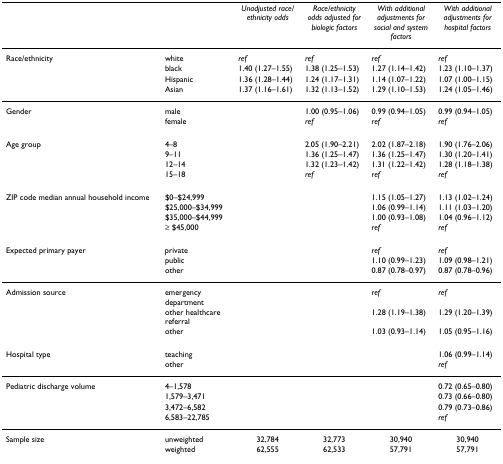
<table><thead><tr><td></td><td></td><td><b><i>Unadjusted race/ethnicity odds</i></b></td><td><b><i>Race/ethnicity odds adjusted for biologic factors</i></b></td><td><b><i>With additional adjustments for social and system factors</i></b></td><td><b><i>With additional adjustments for hospital factors</i></b></td></tr></thead><tbody><tr><td>Race/ethnicity</td><td>white</td><td><i>ref</i></td><td><i>ref</i></td><td><i>ref</i></td><td><i>ref</i></td></tr><tr><td></td><td>black</td><td>1.40 (1.27–1.55)</td><td>1.38 (1.25–1.53)</td><td>1.27 (1.14–1.42)</td><td>1.23 (1.10–1.37)</td></tr><tr><td></td><td>Hispanic</td><td>1.36 (1.28–1.44)</td><td>1.24 (1.17–1.31)</td><td>1.14 (1.07–1.22)</td><td>1.07 (1.00–1.15)</td></tr><tr><td></td><td>Asian</td><td>1.37 (1.16–1.61)</td><td>1.32 (1.13–1.52)</td><td>1.29 (1.10–1.53)</td><td>1.24 (1.05–1.46)</td></tr><tr><td>Gender</td><td>male</td><td></td><td>1.00 (0.95–1.06)</td><td>0.99 (0.94–1.05)</td><td>0.99 (0.94–1.05)</td></tr><tr><td></td><td>female</td><td></td><td><i>ref</i></td><td><i>ref</i></td><td><i>ref</i></td></tr><tr><td>Age group</td><td>4–8</td><td></td><td>2.05 (1.90–2.21)</td><td>2.02 (1.87–2.18)</td><td>1.90 (1.76–2.06)</td></tr><tr><td></td><td>9–11</td><td></td><td>1.36 (1.25–1.47)</td><td>1.36 (1.25–1.47)</td><td>1.30 (1.20–1.41)</td></tr><tr><td></td><td>12–14</td><td></td><td>1.32 (1.23–1.42)</td><td>1.31 (1.22–1.42)</td><td>1.28 (1.18–1.38)</td></tr><tr><td></td><td>15–18</td><td></td><td><i>ref</i></td><td><i>ref</i></td><td><i>ref</i></td></tr><tr><td>ZIP code median annual household income</td><td>$0–$24,999</td><td></td><td></td><td>1.15 (1.05–1.27)</td><td>1.13 (1.02–1.24)</td></tr><tr><td></td><td>$25,000–$34,999</td><td></td><td></td><td>1.06 (0.99–1.14)</td><td>1.11 (1.03–1.20)</td></tr><tr><td></td><td>$35,000–$44,999</td><td></td><td></td><td>1.00 (0.93–1.08)</td><td>1.04 (0.96–1.12)</td></tr><tr><td></td><td>≥ $45,000</td><td></td><td></td><td><i>ref</i></td><td><i>ref</i></td></tr><tr><td>Expected primary payer</td><td>private</td><td></td><td></td><td><i>ref</i></td><td><i>ref</i></td></tr><tr><td></td><td>public</td><td></td><td></td><td>1.10 (0.99–1.23)</td><td>1.09 (0.98–1.21)</td></tr><tr><td></td><td>other</td><td></td><td></td><td>0.87 (0.78–0.97)</td><td>0.87 (0.78–0.96)</td></tr><tr><td>Admission source</td><td>emergency department</td><td></td><td></td><td><i>ref</i></td><td><i>ref</i></td></tr><tr><td></td><td>other healthcare referral</td><td></td><td></td><td>1.28 (1.19–1.38)</td><td>1.29 (1.20–1.39)</td></tr><tr><td></td><td>other</td><td></td><td></td><td>1.03 (0.93–1.14)</td><td>1.05 (0.95–1.16)</td></tr><tr><td>Hospital type</td><td>teaching</td><td></td><td></td><td></td><td>1.06 (0.99–1.14)</td></tr><tr><td></td><td>other</td><td></td><td></td><td></td><td><i>ref</i></td></tr><tr><td>Pediatric discharge volume</td><td>4–1,578</td><td></td><td></td><td></td><td>0.72 (0.65–0.80)</td></tr><tr><td></td><td>1,579–3,471</td><td></td><td></td><td></td><td>0.73 (0.66–0.80)</td></tr><tr><td></td><td>3,472–6,582</td><td></td><td></td><td></td><td>0.79 (0.73–0.86)</td></tr><tr><td></td><td>6,583–22,785</td><td></td><td></td><td></td><td><i>ref</i></td></tr><tr><td>Sample size</td><td>unweighted</td><td>32,784</td><td>32,773</td><td>30,940</td><td>30,940</td></tr><tr><td></td><td>weighted</td><td>62,555</td><td>62,533</td><td>57,791</td><td>57,791</td></tr></tbody></table>